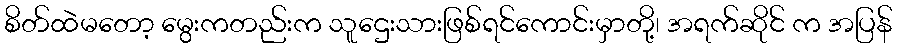
စိတ်ထဲမတော့ မွေးကတည်းက သူဌေးသားဖြစ်ရင်ကောင်းမှာတို့၊ အရက်ဆိုင် က အပြန်